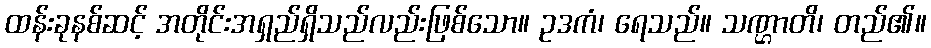
ထန်းခုနစ်ဆင့် အတိုင်းအရှည်ရှိသည်လည်းဖြစ်သော။ ဥဒကံ၊ ရေသည်။ သဏ္ဌာတိ၊ တည်၏။